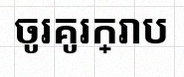
ចូរគូរក្រាប